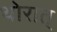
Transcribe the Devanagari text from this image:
थोरात्